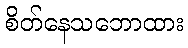
စိတ်နေသဘောထား